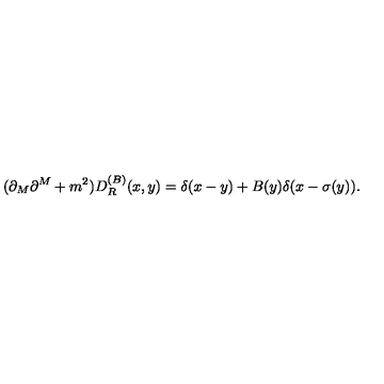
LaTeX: ( \partial _ { M } \partial ^ { M } + m ^ { 2 } ) D _ { R } ^ { ( B ) } ( x , y ) = \delta ( x - y ) + B ( y ) \delta ( x - \sigma ( y ) ) .